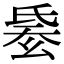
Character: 𣱋